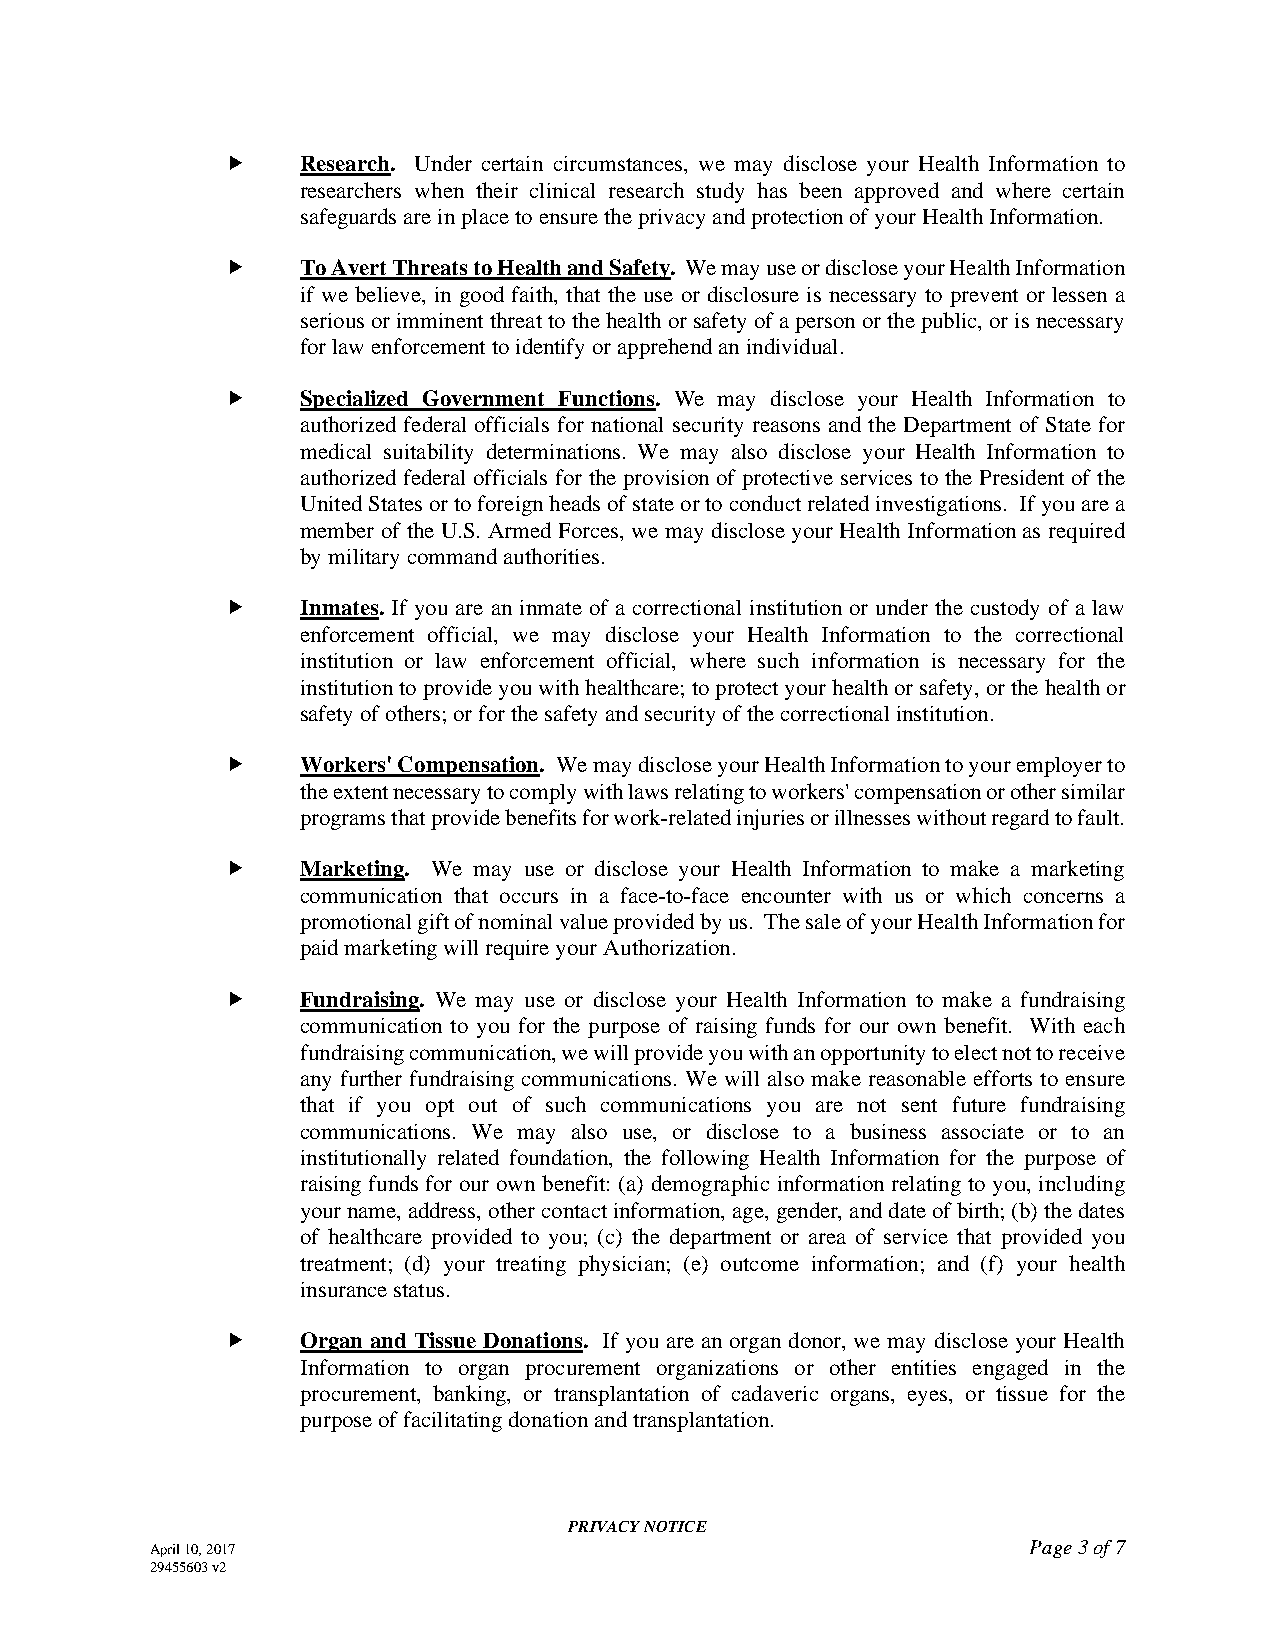
    Research. Under certain circumstances, we may disclose your Health Information to
 researchers when their clinical research study has been approved and where certain
 safeguards are in place to ensure the privacy and protection of your Health Information.
     To Avert Threats to Health and Safety. We may use or disclose your Health Information
 if we believe, in good faith, that the use or disclosure is necessary to prevent or lessen a
 serious or imminent threat to the health or safety of a person or the public, or is necessary
 for law enforcement to identify or apprehend an individual.
     Specialized Government Functions. We may disclose your Health Information to
 authorized federal officials for national security reasons and the Department of State for
 medical suitability determinations. We may also disclose your Health Information to
 authorized federal officials for the provision of protective services to the President of the
 United States or to foreign heads of state or to conduct related investigations. If you are a
 member of the U.S. Armed Forces, we may disclose your Health Information as required
 by military command authorities.
     Inmates. If you are an inmate of a correctional institution or under the custody of a law
 enforcement official, we may disclose your Health Information to the correctional
 institution or law enforcement official, where such information is necessary for the
 institution to provide you with healthcare; to protect your health or safety, or the health or
 safety of others; or for the safety and security of the correctional institution.
     Workers' Compensation. We may disclose your Health Information to your employer to
 the extent necessary to comply with laws relating to workers' compensation or other similar
 programs that provide benefits for work-related injuries or illnesses without regard to fault.
     Marketing. We may use or disclose your Health Information to make a marketing
 communication that occurs in a face-to-face encounter with us or which concerns a
 promotional gift of nominal value provided by us. The sale of your Health Information for
 paid marketing will require your Authorization.
     Fundraising. We may use or disclose your Health Information to make a fundraising
 communication to you for the purpose of raising funds for our own benefit. With each
 fundraising communication, we will provide you with an opportunity to elect not to receive
 any further fundraising communications. We will also make reasonable efforts to ensure
 that if you opt out of such communications you are not sent future fundraising
 communications. We may also use, or disclose to a business associate or to an
 institutionally related foundation, the following Health Information for the purpose of
 raising funds for our own benefit: (a) demographic information relating to you, including
 your name, address, other contact information, age, gender, and date of birth; (b) the dates
 of healthcare provided to you; (c) the department or area of service that provided you
 treatment; (d) your treating physician; (e) outcome information; and (f) your health
 insurance status.
     Organ and Tissue Donations. If you are an organ donor, we may disclose your Health
 Information to organ procurement organizations or other entities engaged in the
 procurement, banking, or transplantation of cadaveric organs, eyes, or tissue for the
 purpose of facilitating donation and transplantation.
 PRIVACY NOTICE
 April 10, 2017                                            Page 3 of 7
 29455603 v2